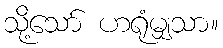
သို့သော် ဟရုံမျှသာ။